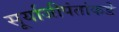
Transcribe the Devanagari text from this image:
सूर्याजीपंतांकडे